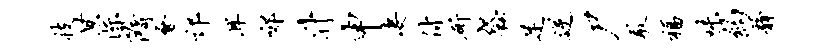
技甘淙隋会邙耳郊升申凄付斫袋足逆尸敢福味约静